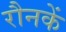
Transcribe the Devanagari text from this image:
रौनकें